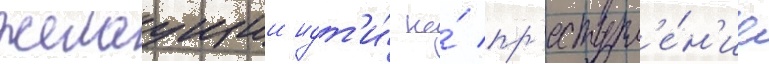
желаущии идт'и́ на́ пр'еступл'е́н'ие